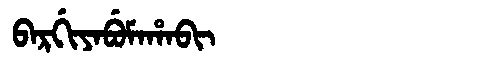
Manchu: ᠪᠠᡵᡤᡳᠶᠠᠪᡠᠮᠠᡥᠠᠪᡳ
Romanization: BARGIYABUMAHABI